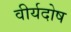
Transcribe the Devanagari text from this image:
वीर्यदोष